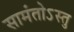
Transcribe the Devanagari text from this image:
सामंतोऽस्तु